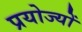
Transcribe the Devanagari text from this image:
प्रयोज्यों